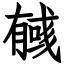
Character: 𢒰